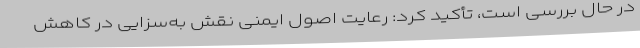
در حال بررسی است، تأکید کرد: رعایت اصول ایمنی نقش به‌سزایی در کاهش